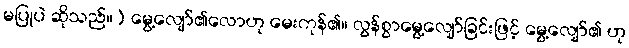
မပြုပဲ ဆိုသည်။) မွေ့လျော်၏လောဟု မေးကုန်၏။ လွန်စွာမွေ့လျော်ခြင်းဖြင့် မွေ့လျော်၏ ဟု